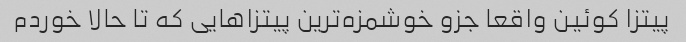
پیتزا کوئین واقعا جزو خوشمزه‌ترین پیتزاهایی که تا حالا خوردم